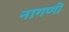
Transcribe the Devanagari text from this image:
नागणी